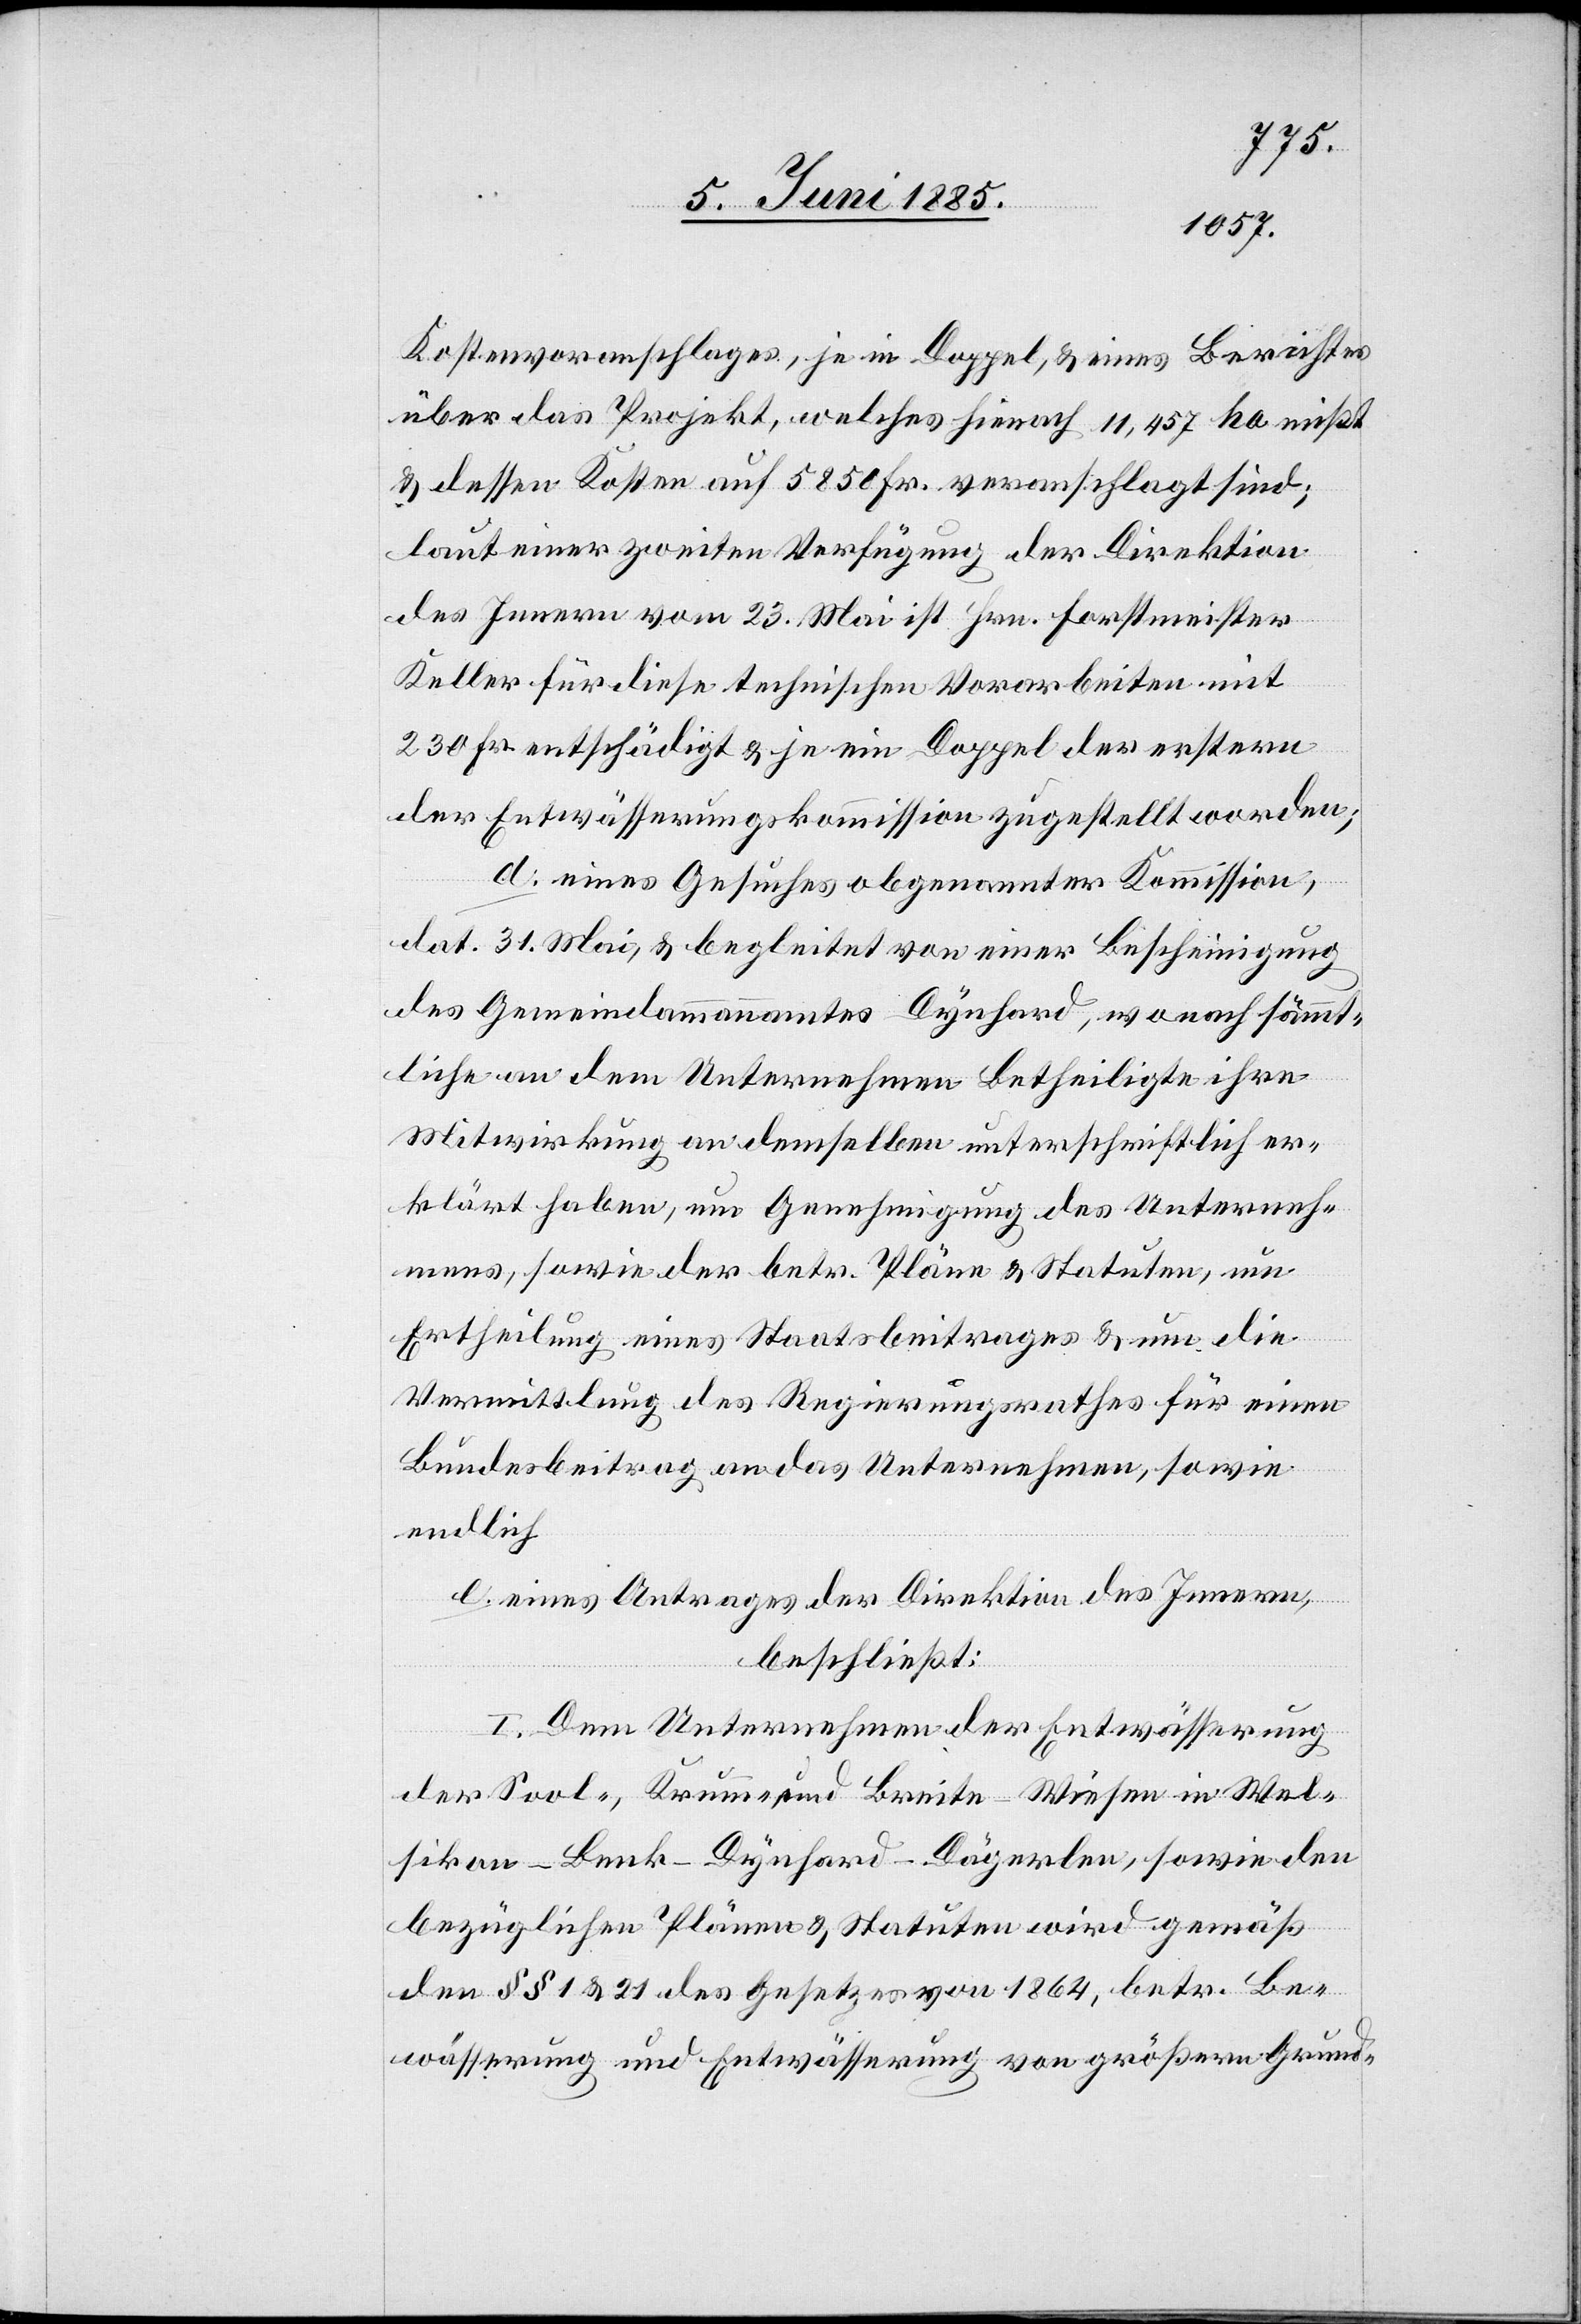
Kostenvoranschlages, je in Doppel, & eines Berichtes
über das Projekt, welches hienach 11,457 ha mißt
& dessen Kosten auf 5850 Fr. veranschlagt sind;
laut einer zweiten Verfügung der Direktion
des Innern vom 23. Mai ist Hrn. Forstmeister
Keller für diese technischen Vorarbeiten mit
230 Fr. entschädigt & je ein Doppel der erstern
der Entwässerungskommission zugestellt worden;
d. eines Gesuches obgenannter Kommission,
dat. 31. Mai, & begleitet von einer Bescheinigung
des Gemeindeammannamtes Dynhard, wonach sämmt¬
liche an dem Unternehmen Betheiligte ihre
Mitwirkung an demselben unterschriftlich er¬
klärt haben, um Genehmigung des Unterneh¬
mens, sowie der betr. Pläne & Statuten, um
Ertheilung eines Staatsbeitrages & um die
Vermittlung des Regierungsrathes für einen
Bundesbeitrag an das Unternehmen, sowie
endlich
e. eines Antrages der Direktion des Innern,
beschließt:
I. Dem Unternehmen der Entwässerung
der Sool-, Krumm, und Breite-Wiesen in Wel¬
sikon - Benk - Dynhard - Dägerlen, sowie den
bezüglichen Plänen & Statuten wird gemäß
den §§ 1 & 21 des Gesetzes von 1864, betr. Be¬
wässerung und Entwässerung von größern Grund-